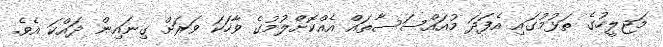
މަޖިލީހުގެ ތަޅުމުގައި އެފަދަ މުއައްސަސާތައް އެއްކޮށްލުމުގެ ވާހަކަ ވަރަށް ގިނައިން ދައްކަ އެވެ.